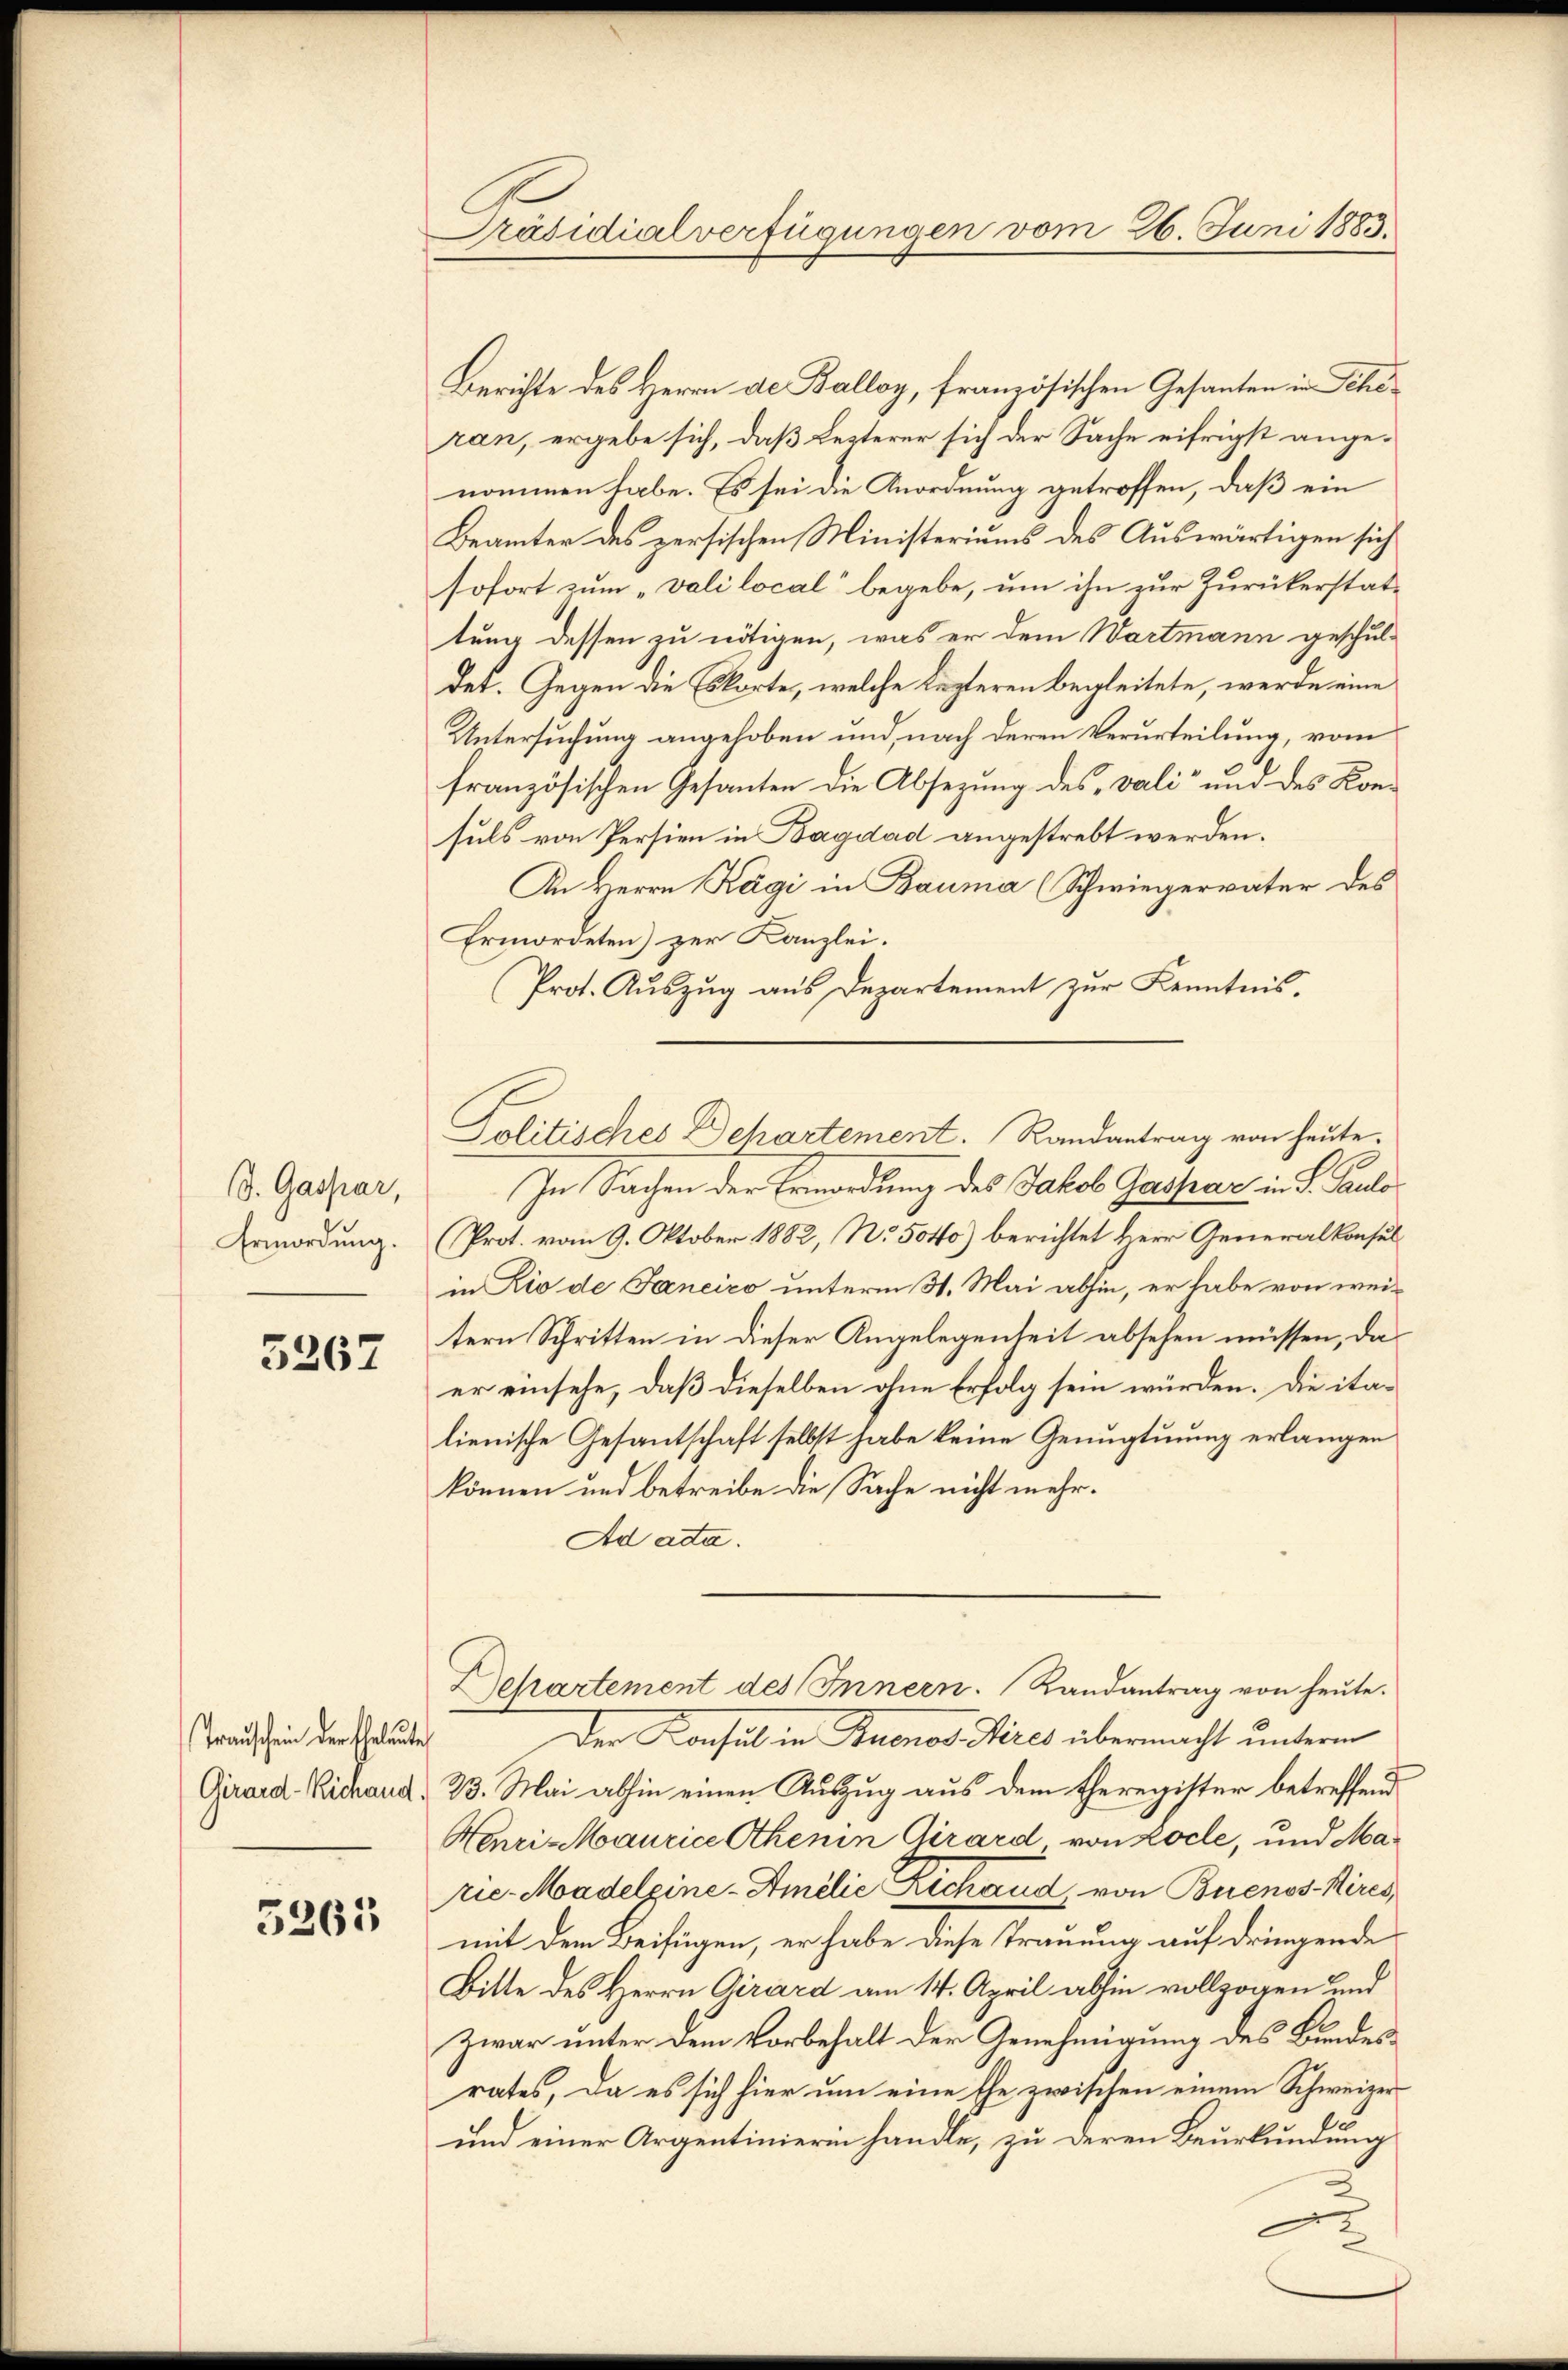
d. Gaspar,
Ermordung.

3267

Transchein der Eheleute

3261

Präsidialverfügungen vom 26. Juni 1883.

Berichte des Herrn de Balloy, französischen Gesanten in Scheran, ergebe sich, daß Lezterer sich der Sache eifrigst angenommen habe. Es sei die Anordnung getroffen, daß ein
Beämter des persischen Ministeriums des Auswärtigen sich
sofort zum „vali local“ begebe, um ihn zur Zurückerstattung dessen zu nötigen, was er dem Wartmann geschuldet. Gegen die Eskorte, welche lezteren begleitete, werde eine
Untersuchung angehoben und, nach deren Verurteilung, vom
französischen Gesanten die Absezung des „vali“ und des Konsuls von Persien in Bagdad angestrebt werden.
An Herrn Kägi in Bauma (Schwiegervater des
Ermordeten) zur Kanzlei.
Prot. Aŭszŭg aŭs Departement zŭr Kenntnis.
In Sachen der Ermordung des Jakob Gasharz in P. Paul
(Prot. vom 9. Oktober 1882, No. 504) berichtet Herr Generalkonsul
in Lio de Janeiro unterm 31. Mai abhin, er habe von weitern Schritten in dieser Angelegenheit absehen müssen, daer einsehe, daß dieselben ohne Erfolg sein würden. Die italienische Gesantschaft selbst habe keine Genugtuung erlangen
können und betreibe die Sache nicht mehr.
Ad acta.
Departement des Innern. Landantrag von heute.
Der Konsul in Buenos Aires übermacht unterm
Girard-Vichard & 23. Mai abhin einen Auszug aus dem Eheregister betreffend
Henri-Maurice Athenin Girard von koche, und Marie-Madelpine-Amilie Richaud, von Buenos-Kires,
mit dem Beifügen, er habe diese Trauung auf dringende
Bitte des Herrn Girard am 14. April abhin vollzogen und
Zwar unter dem Vorbehalt der Genehmigung des Bundesrates, da es sich hier um eine Ehe zwischen einem Schweizer
und einer Argentinierin handle, zu deren Beurkundung
s

Politisches Dehartement. Randantrag von heute.